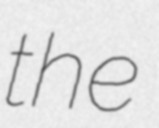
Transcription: the